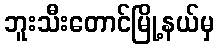
ဘူးသီးတောင်မြို့နယ်မှ